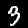
Digit: 3